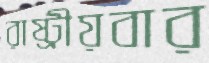
রাষ্ট্রীয়বার